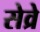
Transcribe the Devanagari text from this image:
सेव्रे